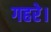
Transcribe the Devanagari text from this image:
गहरे।